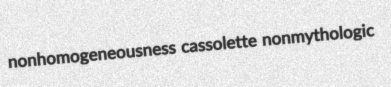
nonhomogeneousness cassolette nonmythologic